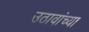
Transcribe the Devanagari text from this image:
उठावांच्या